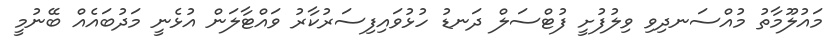
މައުލޫމާތު މުއްސަނދިވި ވިލުފުށީ ފުޓްސަލް ދަނޑު ހުޅުވައިފިސަރުކާރު ވައްޓާލަން އުޅެނީ މަދުބައެއް ބޭނުމީ